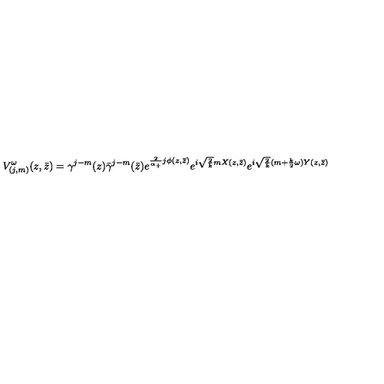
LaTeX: V _ { ( j , m ) } ^ { \omega } ( z , \bar { z } ) = \gamma ^ { j - m } ( z ) \bar { \gamma } ^ { j - m } ( \bar { z } ) e ^ { \frac 2 { \alpha _ { + } } j \phi ( z , \bar { z } ) } e ^ { i \sqrt { \frac { 2 } { k } } m X ( z , \bar { z } ) } e ^ { i \sqrt { \frac { 2 } { k } } ( m + { \frac { k } { 2 } } \omega ) Y ( z , \bar { z } ) }